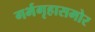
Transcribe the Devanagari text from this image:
गर्भगृहासमोर